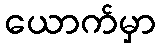
ယောက်မှာ